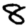
Digit: 8